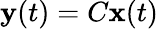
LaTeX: \mathbf{y}(t)=C\mathbf{x}(t)